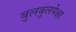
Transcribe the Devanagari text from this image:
बुलबुलपेक्षा